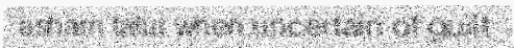
asham talui when uncertain of guilt